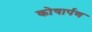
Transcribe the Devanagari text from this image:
कोषार्पण